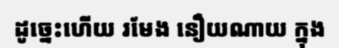
ដូច្នេះហើយ រមែង នឿយណាយ ក្នុង